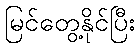
မြင်တွေ့နိုင်ပြီး